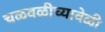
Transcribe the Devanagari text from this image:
चळवळीच्यावेळी